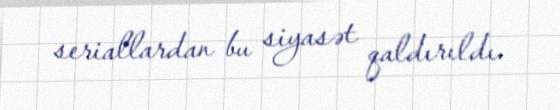
seriallardan bu siyasət qaldırıldı.